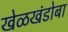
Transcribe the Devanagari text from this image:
खेळखंडोबा